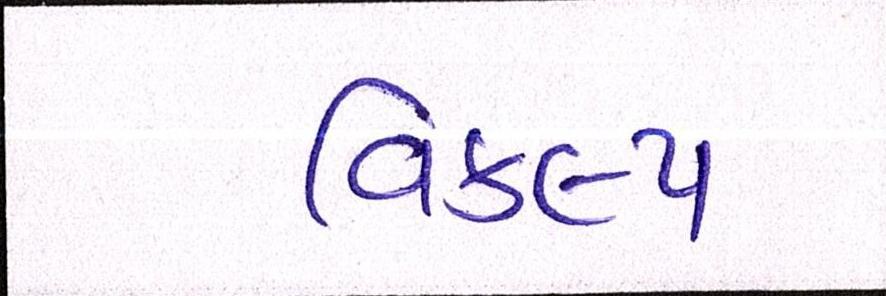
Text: વિકલ્પ